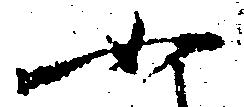
如